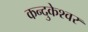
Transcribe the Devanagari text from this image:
कन्दुकेश्वर